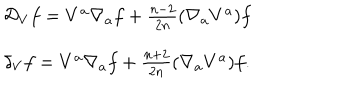
LaTeX: \begin{array} { l } { { { \mathcal D } _ { V } f = V ^ { a } \nabla _ { a } f + \frac { n - 2 } { 2 n } ( \nabla _ { a } V ^ { a } ) f } } \\ { { \delta _ { V } f = V ^ { a } \nabla _ { a } f + \frac { n + 2 } { 2 n } ( \nabla _ { a } V ^ { a } ) f . } } \\ \end{array}